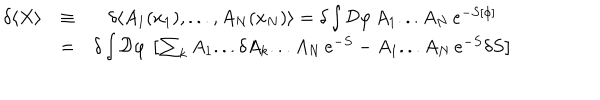
LaTeX: \begin{array} { c c c } { { \delta \langle X \rangle } } & { { \equiv } } & { { \delta \langle A _ { 1 } ( x _ { 1 } ) , . . . , A _ { N } ( x _ { N } ) \rangle = \delta \int { \cal D } \varphi \, A _ { 1 } . . . A _ { N } \, e ^ { - S [ \phi ] } } } \\ { { } } & { { = } } & { { \delta \int { \cal D } \varphi \, \left[ \sum _ { k } A _ { 1 } . . . \delta A _ { k } . . . A _ { N } \, e ^ { - S } - A _ { 1 } . . . A _ { N } \, e ^ { - S } \delta S \right] } } \\ \end{array}